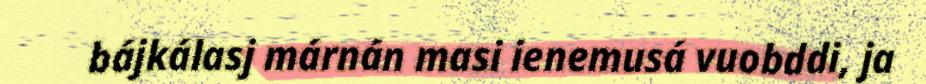
bájkálasj márnán masi ienemusá vuobddi, ja